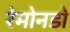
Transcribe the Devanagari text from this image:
रेमोनडो